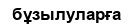
бұзылуларға